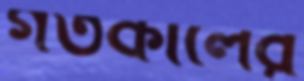
গতকালের